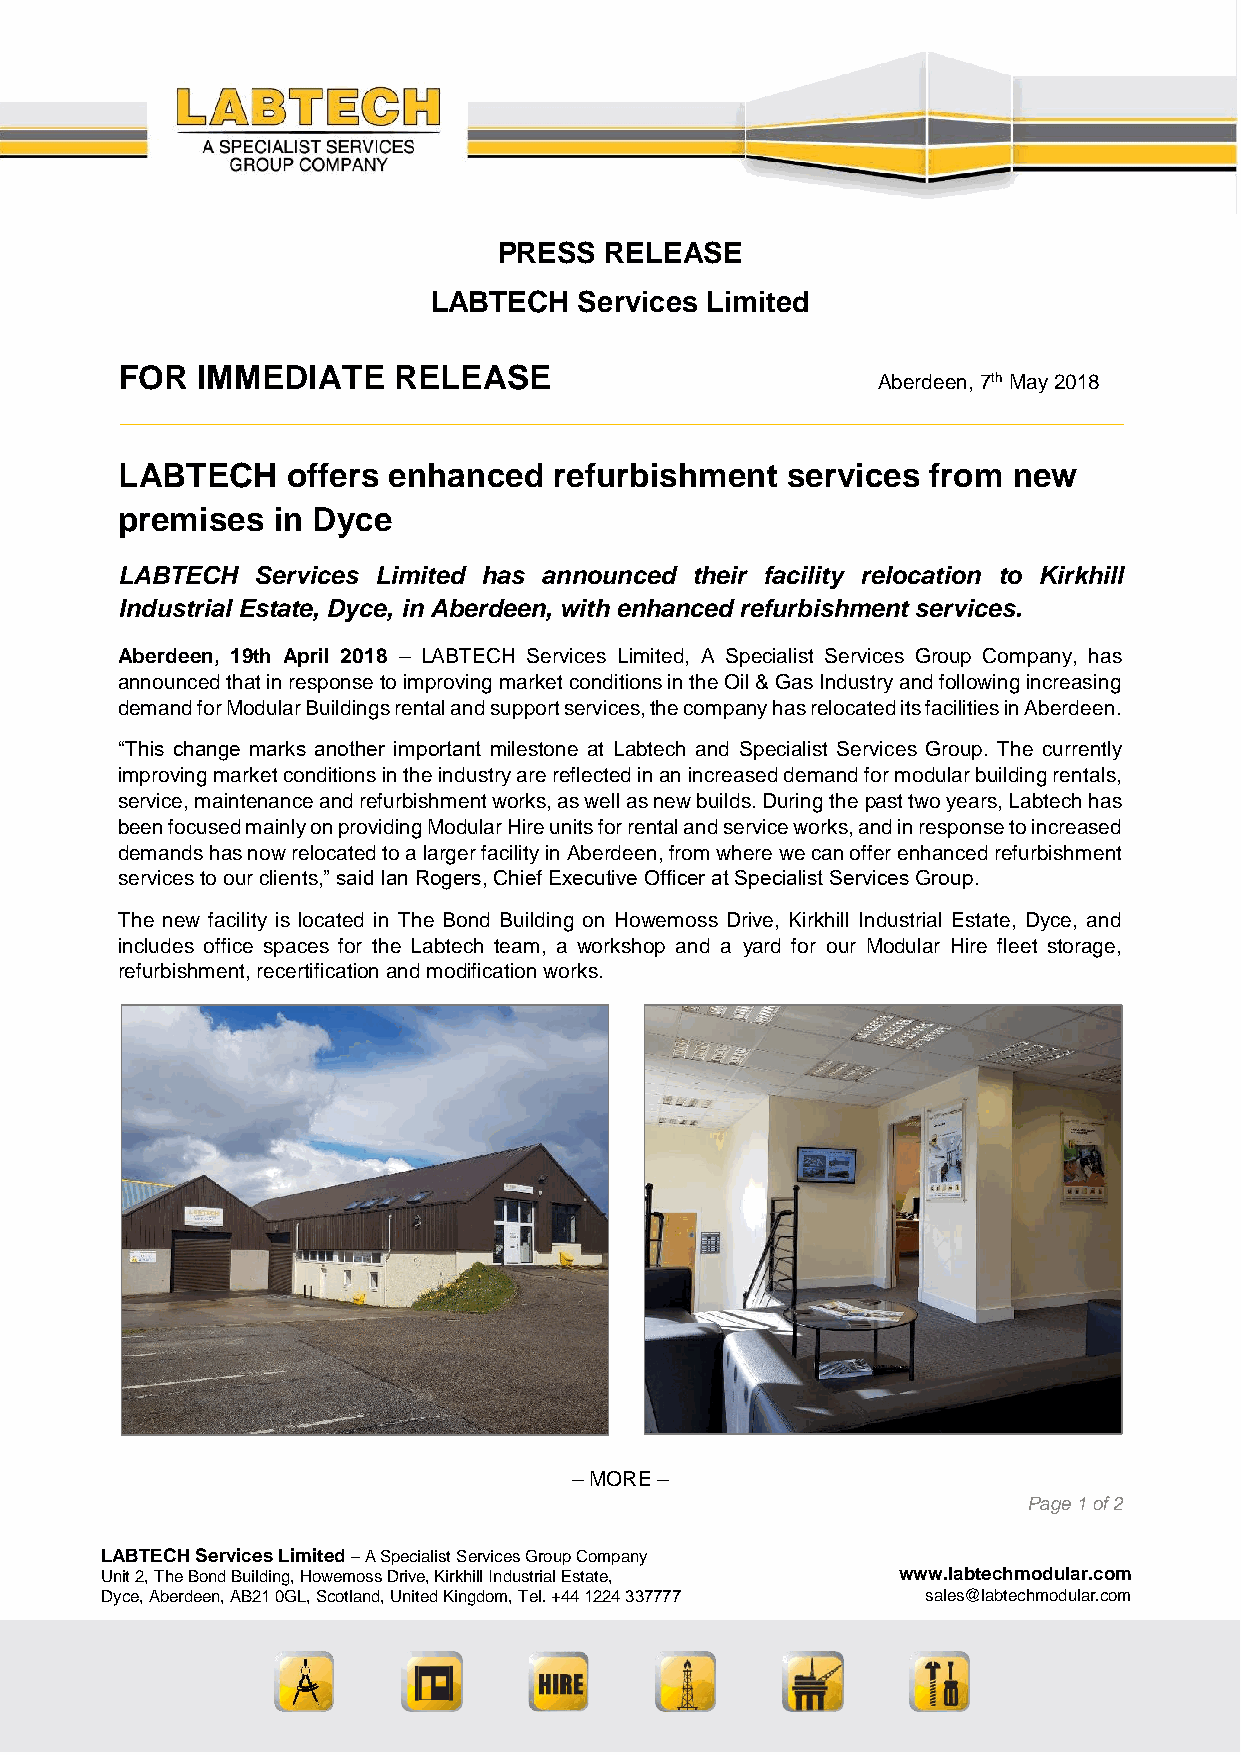
PRESS  RELEASE
 LABTECH   Services Limited
 FOR  IMMEDIATE    RELEASE
 Aberdeen, 7th May 2018
 LABTECH    offers enhanced   refurbishment  services  from new
 premises  in Dyce
 LABTECH  Services Limited has announced their facility relocation to Kirkhill
 Industrial Estate, Dyce, in Aberdeen, with enhanced refurbishment services.
 Aberdeen, 19th April 2018 – LABTECH Services Limited, A Specialist Services Group Company, has
 announced that in response to improving market conditions in the Oil & Gas Industry and following increasing
 demand for Modular Buildings rental and support services, the company has relocated its facilities in Aberdeen.
 “This change marks another important milestone at Labtech and Specialist Services Group. The currently
 improving market conditions in the industry are reflected in an increased demand for modular building rentals,
 service, maintenance and refurbishment works, as well as new builds. During the past two years, Labtech has
 been focused mainly on providing Modular Hire units for rental and service works, and in response to increased
 demands has now relocated to a larger facility in Aberdeen, from where we can offer enhanced refurbishment
 services to our clients,” said Ian Rogers, Chief Executive Officer at Specialist Services Group.
 The new facility is located in The Bond Building on Howemoss Drive, Kirkhill Industrial Estate, Dyce, and
 includes office spaces for the Labtech team, a workshop and a yard for our Modular Hire fleet storage,
 refurbishment, recertification and modification works.
 – MORE –
 Page 1 of 2
 LABTECH Services Limited – A Specialist Services Group Company
 Unit 2, The Bond Building, Howemoss Drive, Kirkhill Industrial Estate, www.labtechmodular.com
 Dyce, Aberdeen, AB21 0GL, Scotland, United Kingdom, Tel. +44 1224 337777 sales@labtechmodular.com